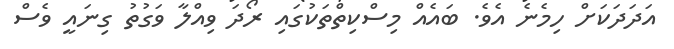
އަދަދަކަށް ހިމެނެ އެވެ. ބައެއް މިސްކިތްތަކުގައި ރޯދަ ވިއްލާ ވަގުތު ގިނައީ ވެސް